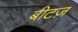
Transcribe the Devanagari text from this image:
बीटज़